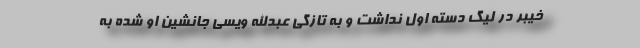
خیبر در لیگ دسته اول نداشت و به تازگی عبدالله ویسی جانشین او شده به